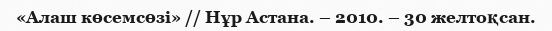
«Алаш көсемсөзі» // Нұр Астана. – 2010. – 30 желтоқсан.